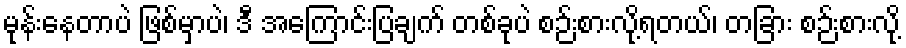
မုန်းနေတာပဲ ဖြစ်မှာပဲ၊ ဒီ အကြောင်းပြချက် တစ်ခုပဲ စဉ်းစားလို့ရတယ်၊ တခြား စဉ်းစားလို့